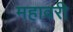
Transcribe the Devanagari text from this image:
महावरी